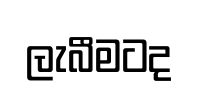
ලැබීමටද